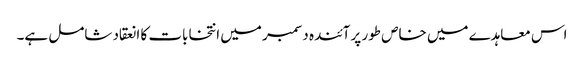
اس معاہدے میں خاص طور پر آئندہ دسمبر میں انتخابات کا انعقاد شامل ہے۔